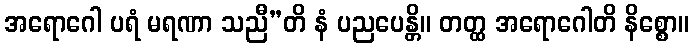
အရောဂေါ ပရံ မရဏာ သညီ”တိ နံ ပညပေန္တိ။ တတ္ထ အရောဂေါတိ နိစ္စော။